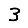
Digit: 3